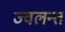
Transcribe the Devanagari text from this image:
ज्‍वलन्‍त